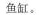
鱼缸。